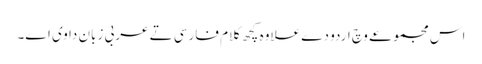
اس مجموعے وچ اردو دے علاوہ کچھ کلام فارسی تے عربی زبان دا وی ا‏‏ے۔